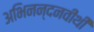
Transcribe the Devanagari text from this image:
अभिनन्दनवीथी